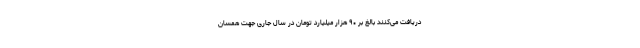
دریافت می‌کنند بالغ بر ۹۰ هزار میلیارد تومان در سال جاری جهت همسان